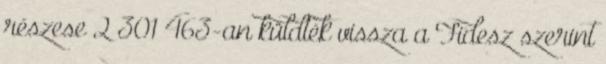
részese 2 301 463-an küldték vissza a Fidesz szerint